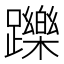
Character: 躒